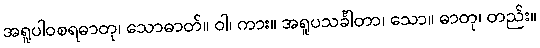
အရူပါဝစရဓာတု၊ သောဓာတ်။ ဝါ၊ ကား။ အရူပသင်္ခါတာ၊ သော။ ဓာတု၊ တည်း။